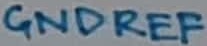
Text: GNDREF